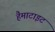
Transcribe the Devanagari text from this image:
हैमाटाइट